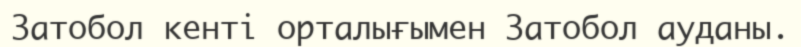
Затобол кенті орталығымен Затобол ауданы.